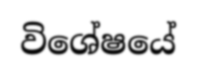
විශේෂයේ